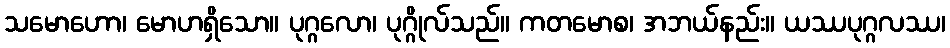
သမောဟော၊ မောဟရှိသော။ ပုဂ္ဂလော၊ ပုဂ္ဂိုလ်သည်။ ကတမောစ၊ အဘယ်နည်း။ ယဿပုဂ္ဂလဿ၊